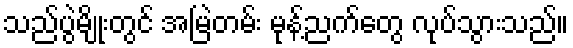
သည်ပွဲမျိုးတွင် အမြဲတမ်း မုန့်ညက်တွေ လုပ်သွားသည်။